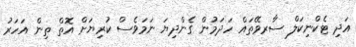
އަދި ޓެކްނިކަލް ސާރވޭތައް ހަދަމުން ގެންދިޔަ ނަމަވެސް ކުރިޔަށް އޮތް ތިން އަހަރު